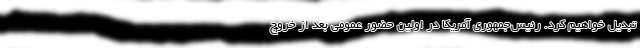
تبدیل خواهیم کرد. رئیس‌جمهوری آمریکا در اولین حضور عمومی بعد از خروج